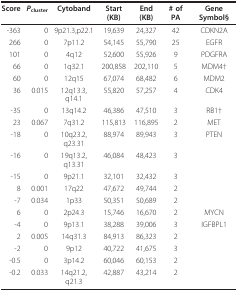
| Score | Pcluster | Cytoband | Start (KB) | End (KB) | # of PA | Gene Symbol§ |
 | --- | --- | --- | --- | --- | --- | --- |
 | -363 | 0 | 9p21.3,p22.1 | 19,639 | 24,327 | 42 | CDKN2A |
 | 266 | 0 | 7p11.2 | 54,145 | 55,790 | 25 | EGFR |
 | 101 | 0 | 4q12 | 52,600 | 55,926 | 9 | PDGFRA |
 | 66 | 0 | 1q32.1 | 200,858 | 202,110 | 5 | MDM4† |
 | 60 | 0 | 12q15 | 67,074 | 68,482 | 6 | MDM2 |
 | 36 | 0.015 | 12q13.3,q14.1 | 55,820 | 57,257 | 4 | CDK4 |
 | -35 | 0 | 13q14.2 | 46,386 | 47,510 | 3 | RB1† |
 | 23 | 0.067 | 7q31.2 | 115,813 | 116,895 | 2 | MET |
 | -18 | 0 | 10q23.2,q23.31 | 88,974 | 89,943 | 3 | PTEN |
 | -16 | 0 | 19q13.2,q13.31 | 46,084 | 48,423 | 3 |  |
 | -15 | 0 | 9p21.1 | 32,101 | 32,432 | 3 |  |
 | 8 | 0.001 | 17q22 | 47,672 | 49,744 | 2 |  |
 | -7 | 0.034 | 1p33 | 50,351 | 50,689 | 2 |  |
 | 6 | 0 | 2p24.3 | 15,746 | 16,670 | 2 | MYCN |
 | -4 | 0 | 9p13.1 | 38,288 | 39,006 | 3 | IGFBPL1 |
 | 2 | 0.005 | 14q31.3 | 84,913 | 86,323 | 2 |  |
 | -2 | 0 | 9p12 | 40,722 | 41,675 | 3 |  |
 | -0.5 | 0 | 3p14.2 | 60,046 | 60,153 | 2 |  |
 | -0.2 | 0.033 | 14q21.2,q21.3 | 42,887 | 43,214 | 2 |  |